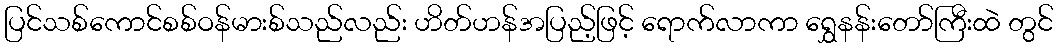
ပြင်သစ်ကောင်စစ်ဝန်မားစ်သည်လည်း ဟိတ်ဟန်အပြည့်ဖြင့် ရောက်လာကာ ရွှေနန်းတော်ကြီးထဲ တွင်